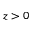
z > 0